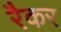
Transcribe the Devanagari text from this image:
रैकर